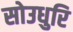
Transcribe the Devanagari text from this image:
सोउधुरि